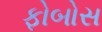
ફોબોસ